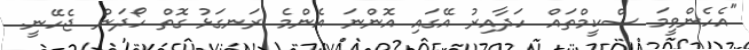
"އެހެންވީމަ ސްކީމްތައް ހަދާއިރު އޭގައި އޮންނަ އެންމެ ރަނގަޅު ގޮތް ހޯދަން ޖެހޭނީ.